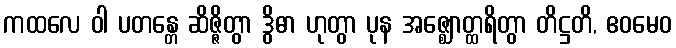
ကထလေ ဝါ ပတန္တေ ဆိဇ္ဇိတွာ ဒွိဓာ ဟုတွာ ပုန အဇ္ဈောတ္ထရိတွာ တိဋ္ဌတိ, ဧဝမေဝ